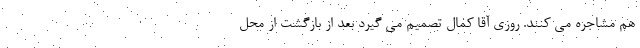
هم مشاجره می کنند. روزی آقا کمال تصمیم می گیرد بعد از بازگشت از محل